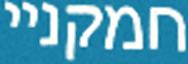
חמקניי